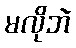
မလိုဘဲ